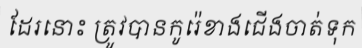
ដែរនោះ ត្រូវបានកូរ៉េខាងជើងចាត់ទុក